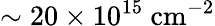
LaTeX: \sim 20\times 10^{15}\ \mathrm{cm^{-2}}